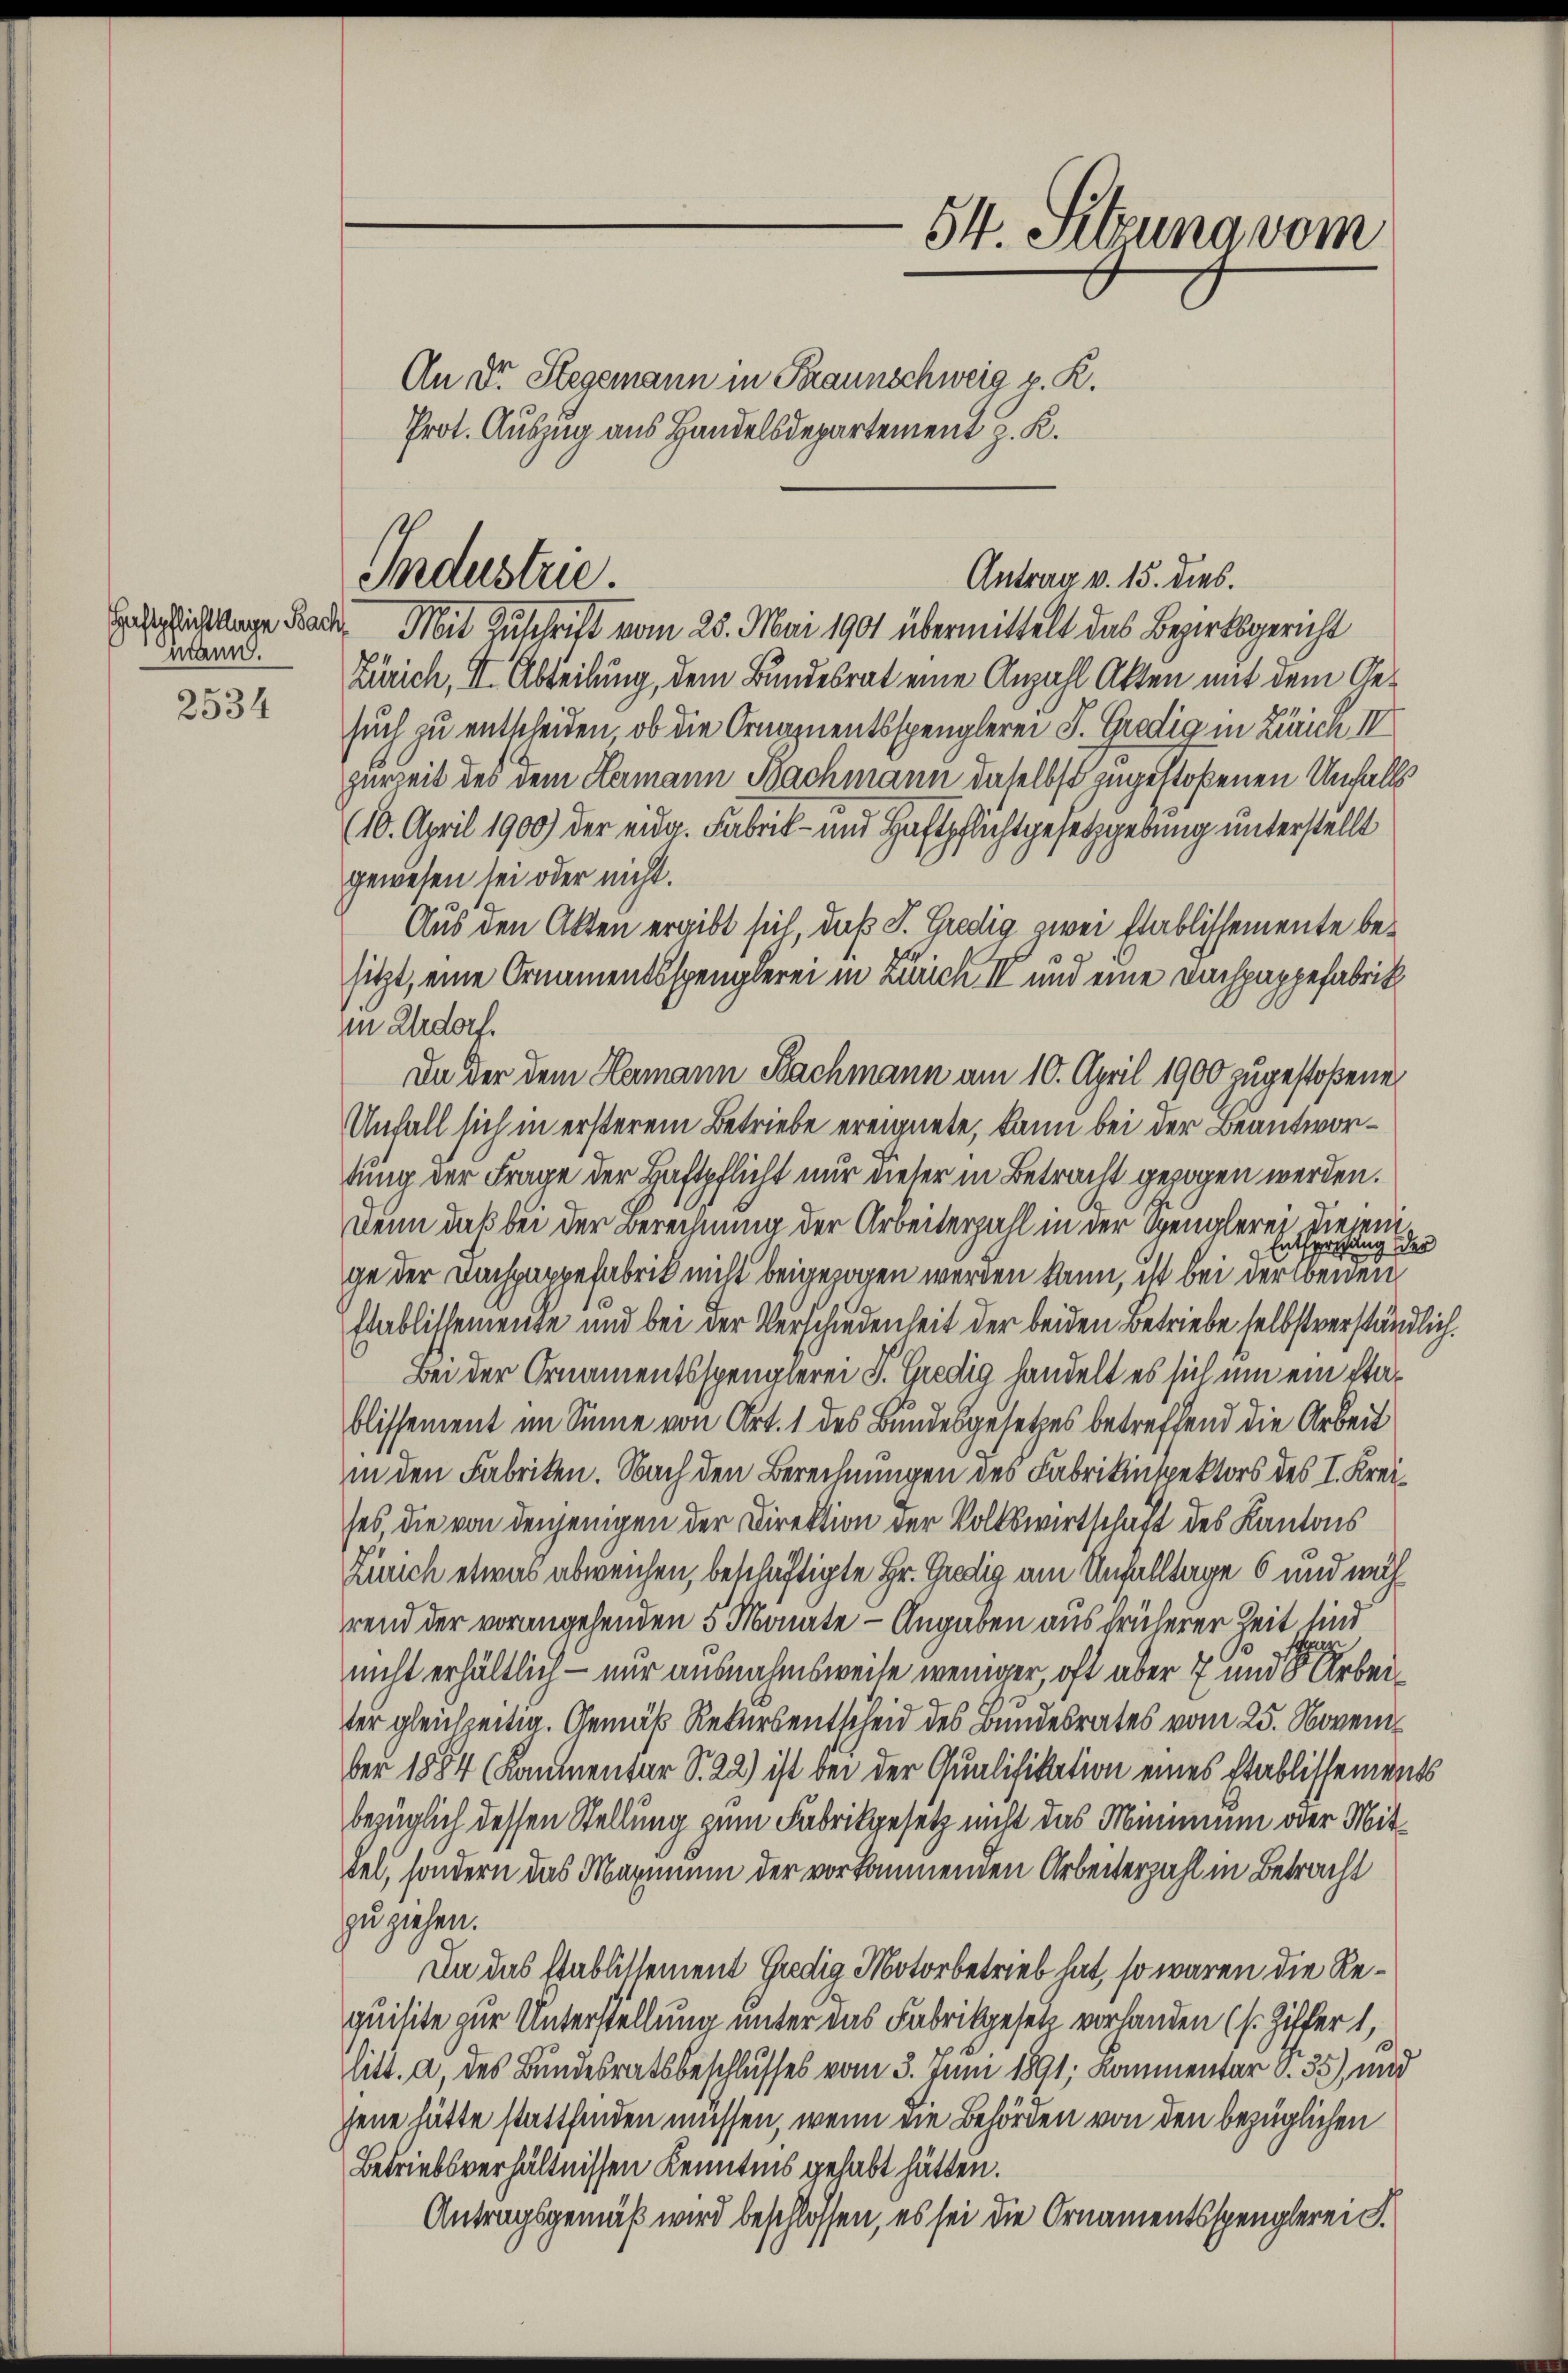
mann.

2534

Eichlage Rache Mit Zuschrift vom 25. Mai 1901 übermittelt das Bezirksgericht
Zürich, II. Abteilung, dem Bundesrat eine Anzahl Akten mit dem Gesuch zu entscheiden, ob die Ornamentsspenglerei J. Gredig in Zürich IV
zurzeit des dem Hermann Bachmann daselbst zugestoßenen Unfalls
(10. April 1900) der eidg. Fabrik- und Haftpflichtgesetzgebung unterstellt
gewesen sei oder nicht.
Aus den Akten ergibt sich, daß J. Gredig zwei Etablissemente besitzt, eine Ornamentsspenglerei in Zürich II und eine Dachpappefabrikin Urdorf.
Da der dem Hermann Nachmann am 10. April 1900 zugestoßenen
Unfall sich in ersterem Betriebe ereignete, kann bei der Beantwortung der Frage der Haftpflicht nur dieser in Betracht gezogen werden.
Denn daß bei der Berechnung der Arbeiterzahl in der Spenglerei diesem
sung der
Enthe
ge der Dachparpefabrik nicht beigezogen werden kann, ist bei der beiden
Etablissemente und bei der Verschiedenheit der beiden Betriebe selbstverständlich.
Bei der Ornamentsspenglerei J. Gredig handelt es sich um ein Etablissement im Sinne von Art. 1 des Bundesgesetzes betreffend die Arbeit
in den Fabriken. Nach den Berechnungen des Fabrikinspektors des I. Kreises, die von denjenigen der Direktion der Volkswirtschaft des Kantons
Zürich etwas abweichen, beschäftigte Hr. Gredig am Unfalltage 6 und während der vorangehenden 5 Monate - Angaben aus früherer Zeit sind
nicht erhältlich - nur ausnahmsweise weniger, oft aber 7 und der Arbeiter gleichzeitig. Gemäß Rekursentscheid des Bundesrates vom 25. Novem
ber 1854 (Kammentar S. 22) ist bei der Qualifikation eines Etablissements
bezüglich dessen Stellung zum Fabrikgesetz nicht das Minimum oder Mitbel, sondern das Maximum der vorkommenden Arbeiterzahl in Betracht
zu ziehen.
Da das Etablissement Gredig Motorbetrieb hat, so waren die Requisite zur Unterstellung unter das Fabrikgesetz vorhanden (s. Ziffer 1,
litt. a, des Bundesratsbeschlusses vom 3. Juni 1891; Kommentar v. 55), und
jene hätte stattfinden müssen, wenn die Behörden von den bezüglichen
Betriebsverhältnissen Kenntnis gehabt hätten.
Antragsgemäß wird beschlossen, es sei die Ornamentsspenglerei S.

An Dr. Stegemann in Traunschweig p. R.
Prot. Auszug aus Handelsdepartement z. K.

Industrie.

54. Sitzung vom

Antrag v. 15. dies.